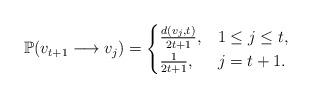
LaTeX: \begin{align*}\mathbb{P}(v_{t+1}\longrightarrow v_j) =\begin{cases}\frac{d(v_j,t)}{2t+1}, & 1\leq j\leq t,\\\frac{1}{2t+1}, & j=t+1.\end{cases}\end{align*}